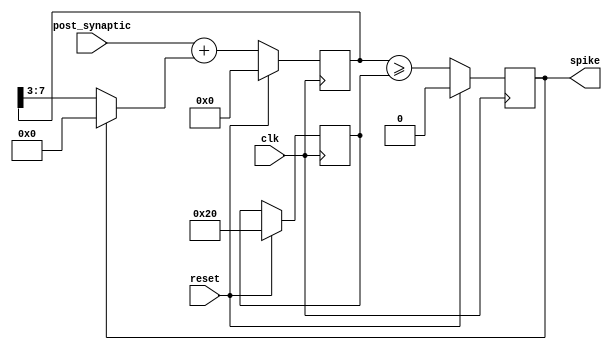
`default_nettype none
`timescale 1ns/1ns
module neuron_4x (
    input wire               clk,
    input wire               reset,
    input wire [7:0]         post_synaptic,
    output reg               spike
);

    reg [7:0] state, threshold;
    wire [7:0] state_hist;

    assign state_hist = post_synaptic + (spike ? 0 : (state >> 3)); // scale by 1/8


    // to-do: check for overflow
    always @(posedge clk) begin
        if (reset) begin
            threshold <= 32;
            state <= 0;
            spike <= 0;
        end else begin
            state <= state_hist;
            spike <= (state >= threshold);

        end
    end

endmodule